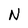
Character: N